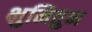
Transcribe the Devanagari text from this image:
भुमितुन